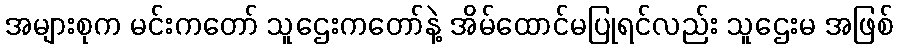
အများစုက မင်းကတော် သူဌေးကတော်နဲ့ အိမ်ထောင်မပြုရင်လည်း သူဌေးမ အဖြစ်